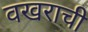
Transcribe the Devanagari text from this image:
वखराची